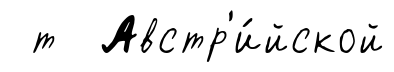
т Австр'и́йской